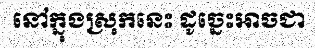
នៅក្នុងស្រុកនេះ ដូច្នេះអាចជា